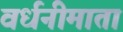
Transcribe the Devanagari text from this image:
वर्धनीमाता